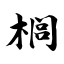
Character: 榈